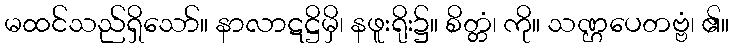
မထင်သည်ရှိသော်။ နာလာဋဋ္ဌိမှိ၊ နဖူးရိုး၌။ စိတ္တံ၊ ကို။ သဏ္ဌပေတဗ္ဗံ၊ ၏။